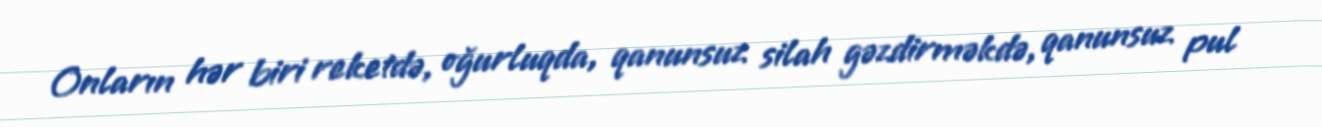
Onların hər biri reketdə, oğurluqda, qanunsuz silah gəzdirməkdə, qanunsuz pul